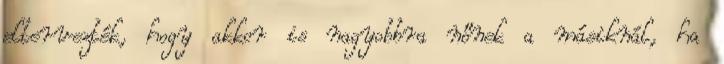
eltervezték, hogy akkor is nagyobbra nőnek a másiknál, ha